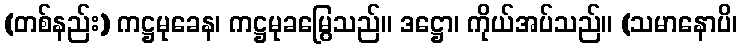
(တစ်နည်း) ကဋ္ဌမုခေန၊ ကဋ္ဌမုခမြွေသည်။ ဒဋ္ဌော၊ ကိုယ်အပ်သည်။ (သမာနောပိ၊